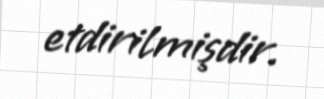
etdirilmişdir.